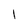
Character: l